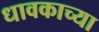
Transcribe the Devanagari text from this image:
धावकाच्या